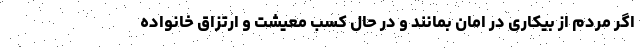
اگر مردم از بیکاری در امان بمانند و در حال کسب معیشت و ارتزاق خانواده